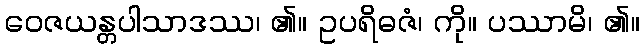
ဝေဇယန္တပါသာဒဿ၊ ၏။ ဥပရိဓဇံ၊ ကို။ ပဿာမိ၊ ၏။